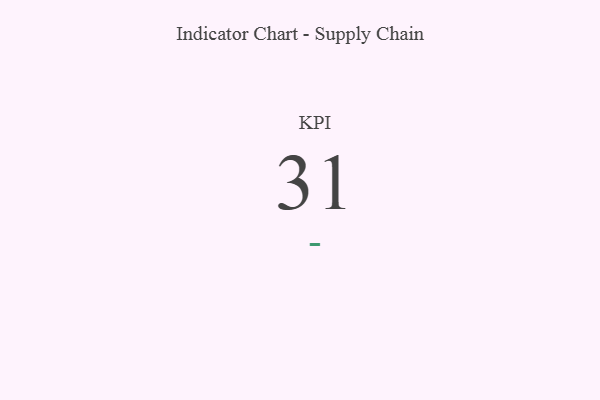
{"axis": {"x": "KPI", "y": "Value"}, "legend": [""], "data": [{"x": "KPI", "y": 31, "type": ""}]}